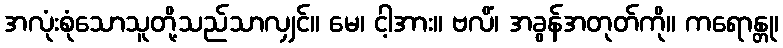
အလုံးစုံသောသူတို့သည်သာလျှင်။ မေ၊ ငါ့အား။ ဗလိံ၊ အခွန်အတုတ်ကို။ ကရောန္တု၊